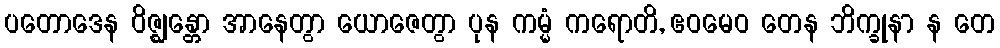
ပတောဒေန ဝိဇ္ဈန္တော အာနေတွာ ယောဇေတွာ ပုန ကမ္မံ ကရောတိ, ဧဝမေဝ တေန ဘိက္ခုနာ န တေ